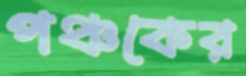
পঞ্চকের